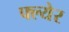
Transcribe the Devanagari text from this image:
फ्ल्येर